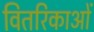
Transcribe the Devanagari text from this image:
वितरिकाओं